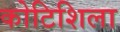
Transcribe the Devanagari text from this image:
कोटिशिला